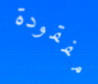
مفقودة